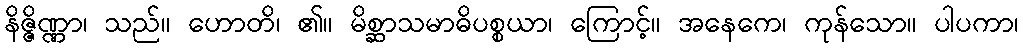
နိဇ္ဇိဏ္ဏာ၊ သည်။ ဟောတိ၊ ၏။ မိစ္ဆာသမာဓိပစ္စယာ၊ ကြောင့်။ အနေကေ၊ ကုန်သော။ ပါပကာ၊